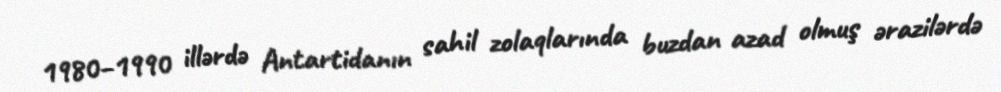
1980–1990 illərdə Antartidanın sahil zolaqlarında buzdan azad olmuş ərazilərdə